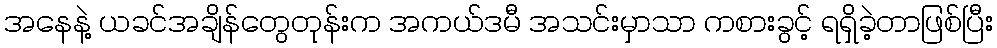
အနေနဲ့ ယခင်အချိန်တွေတုန်းက အကယ်ဒမီ အသင်းမှာသာ ကစားခွင့် ရရှိခဲ့တာဖြစ်ပြီး